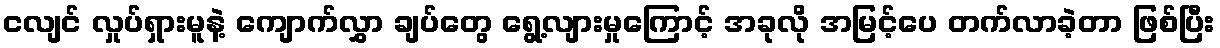
ငလျင် လှုပ်ရှားမူနဲ့ ကျောက်လွှာ ချပ်တွေ ရွေ့လျားမှုကြောင့် အခုလို အမြင့်ပေ တက်လာခဲ့တာ ဖြစ်ပြီး